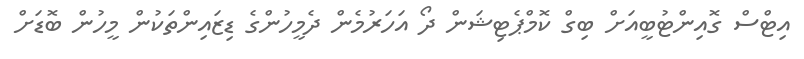
އިޓްސް ގޮއިންޓުބީއަށް ބިގް ކޮމްޕެޓިޝަން ދޯ އަހަރުމެން ދެމީހުންގެ ޑިޒައިންތަކުން މީހުން ބޮޑަށް